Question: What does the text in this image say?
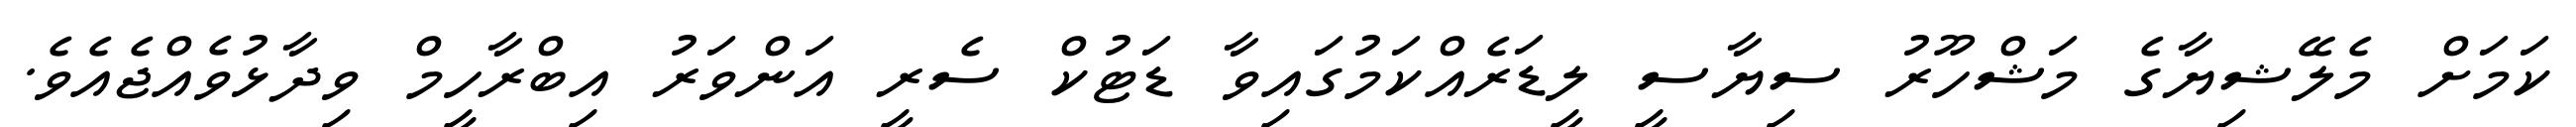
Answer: ކަމަށް މެލޭޝިޔާގެ މަޝްހޫރު ސިޔާސީ ލީޑަރެއްކަމުގައިވާ ޑަޓުކް ސެރީ އަންވަރު އިބްރާހީމް ވިދާޅުވެއްޖެއެވެ.